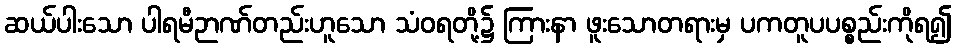
ဆယ်ပါးသော ပါရမီဉာဏ်တည်းဟူသော သံဝရတို့၌ ကြားနာ ဖူးသောတရားမှ ပကတူပပစ္စည်းကိုရ၍